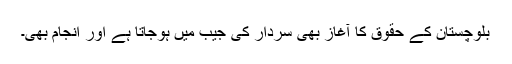
بلوچستان کے حقوق کا آغاز بھی سردار کی جیب میں ہوجاتا ہے اور انجام بھی۔